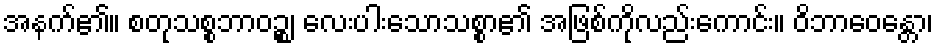
အနက်၏။ စတုသစ္စဘာဝဉ္စ၊ လေးပါးသောသစ္စာ၏ အဖြစ်ကိုလည်းကောင်း။ ဝိဘာဝေန္တော၊